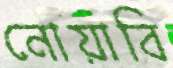
নোয়াবি